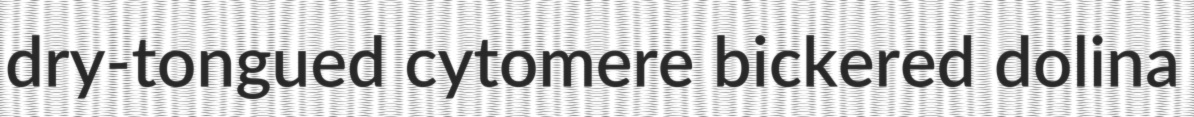
dry-tongued cytomere bickered dolina